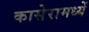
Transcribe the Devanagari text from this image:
कासेरामध्यें